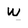
Character: W